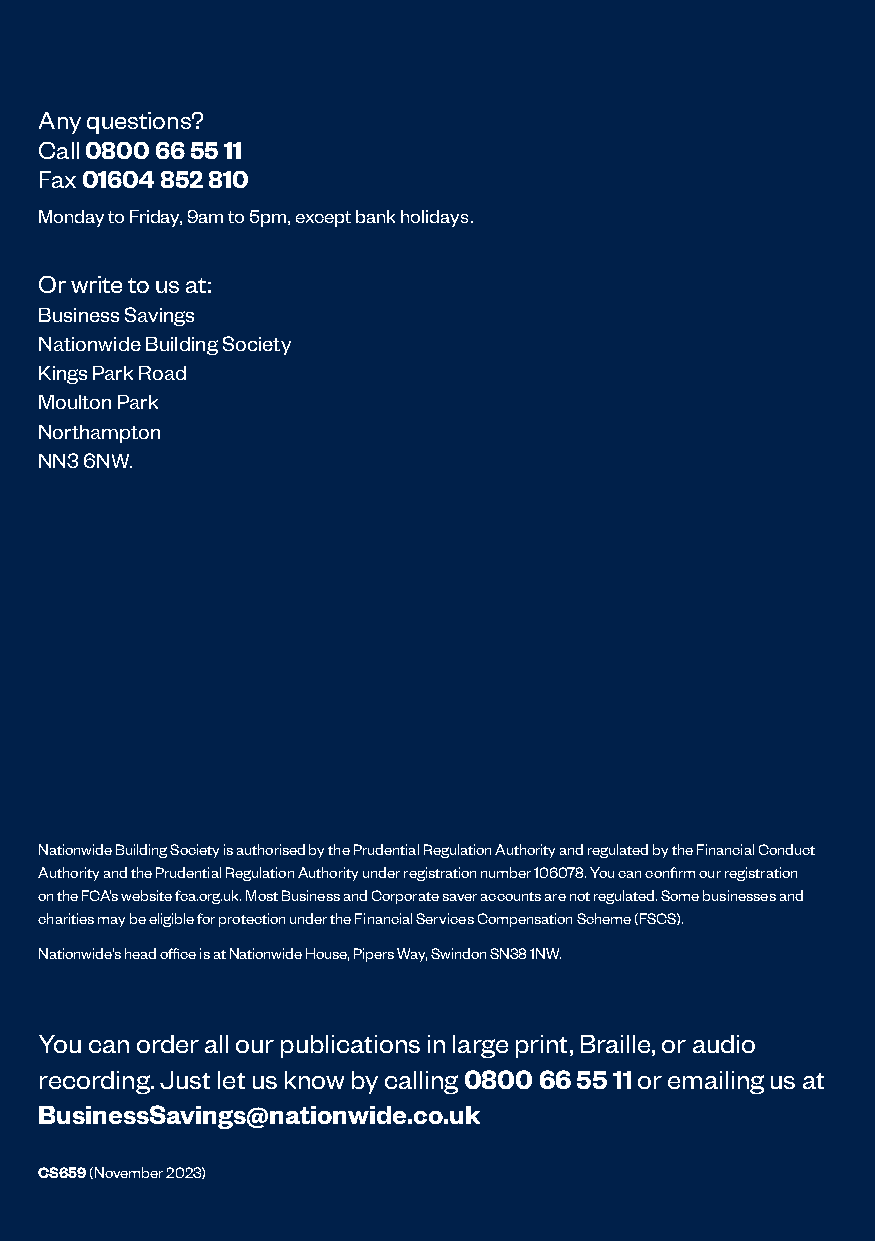
Any questions?
 Call 0800 66 55 11
 Fax 01604 852 810
 Monday to Friday, 9am to 5pm, except bank holidays.
 Or write to us at:
 Business Savings
 Nationwide Building Society
 Kings Park Road
 Moulton Park
 Northampton
 NN3 6NW.
 Nationwide Building Society is authorised by the Prudential Regulation Authority and regulated by the Financial Conduct
 Authority and the Prudential Regulation Authority under registration number 106078. You can confirm our registration
 on the FCA’s website fca.org.uk. Most Business and Corporate saver accounts are not regulated. Some businesses and
 charities may be eligible for protection under the Financial Services Compensation Scheme (FSCS).
 Nationwide’s head office is at Nationwide House, Pipers Way, Swindon SN38 1NW.
 You can order all our publications in large print, Braille, or audio
 recording. Just let us know by calling 0800 66 55 11 or emailing us at
 BusinessSavings@nationwide.co.uk
 CS659 (November 2023)